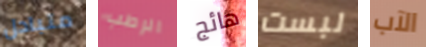
متبادل الرطب هائج لبست الآب